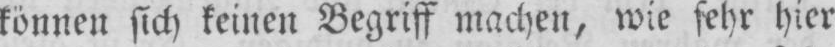
können sich keinen Begriff machen, wie sehr hier